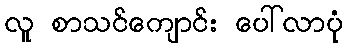
လူ စာသင်ကျောင်း ပေါ်လာပုံ